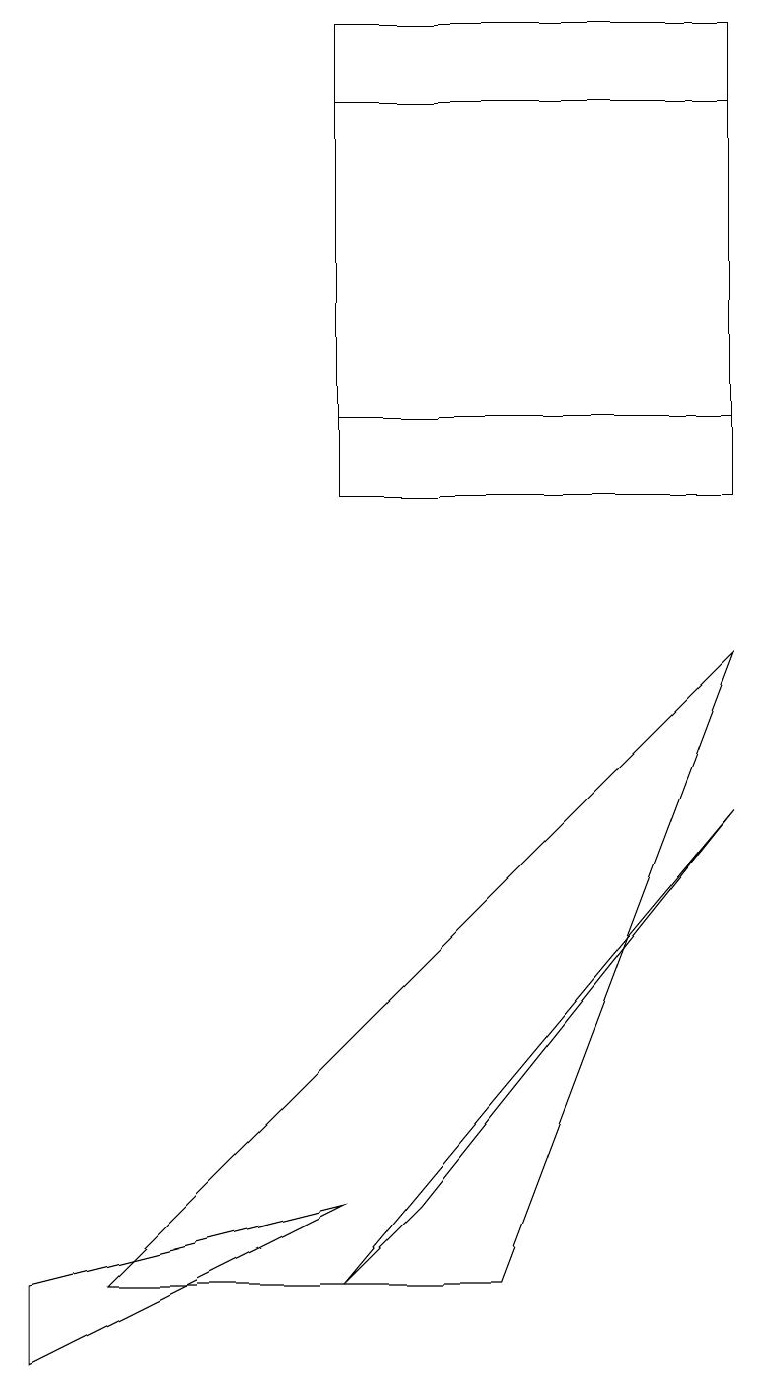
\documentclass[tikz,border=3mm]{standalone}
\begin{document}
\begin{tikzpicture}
\draw (9,17) rectangle (8,17);
\draw (9,7) -- (4,1) -- (5,2) -- cycle;
\draw (4,16) rectangle (6,16);
\draw (0,0) -- (4,2) -- (0,1) -- cycle;
\draw (9,17) rectangle (4,12);
\draw (9,9) -- (1,1) -- (6,1) -- cycle;
\draw (4,11) rectangle (9,16);
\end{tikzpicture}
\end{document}